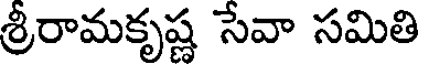
శ్రీరామకృష్ణ సేవా సమితి